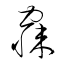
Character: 寐